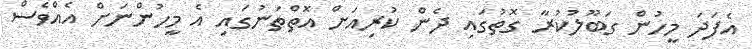
އެފަދަ މީހުން ގަބޫލުކުރާ ގޮތުގައި ދެން ކުރިއަށް އޮތްތަނުގައި އެ މީހުންނަށް އެއްވެސް